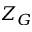
Z _ { G }